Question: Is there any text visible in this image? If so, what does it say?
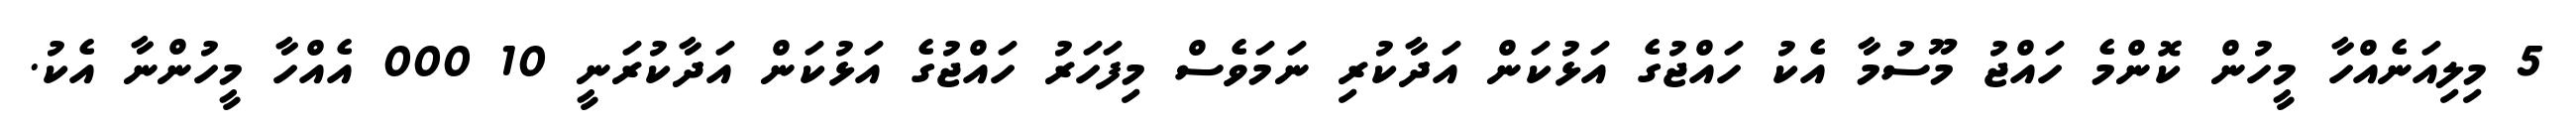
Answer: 5 މިލިއަނެއްހާ މީހުން ކޮންމެ ހައްޖު މޫސުމާ އެކު ހައްޖުގެ އަޅުކަން އަދާކުރި ނަމަވެސް މިފަހަރު ހައްޖުގެ އަޅުކަން އަދާކުރަނީ 10 000 އެއްހާ މީހުންނާ އެކު.